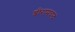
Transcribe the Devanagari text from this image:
श्रीरामचन्द्रं